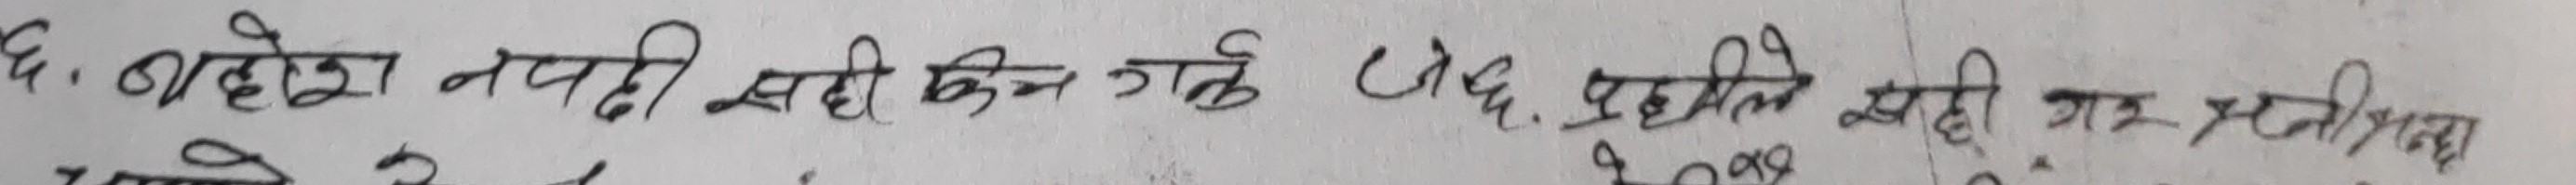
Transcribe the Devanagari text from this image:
६. बाटोमा नपढी सही किन गर्दै छ, प्रहरीले खोजी गर्ने प्रक्रिया